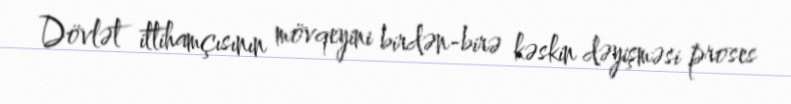
Dövlət ittihamçısının mövqeyini birdən-birə kəskin dəyişməsi proses